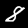
Digit: 8